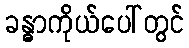
ခန္ဓာကိုယ်ပေါ်တွင်